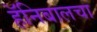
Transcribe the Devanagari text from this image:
हॅनिबालचा